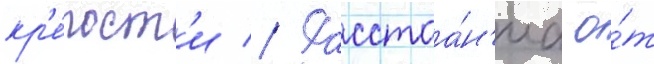
кр'е́пост'и // Расстоа́н'иа о́т